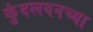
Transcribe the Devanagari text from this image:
कुंदलवनच्या